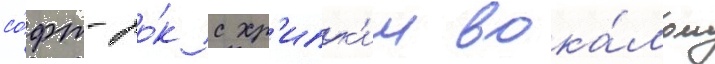
со́фт-ро́к с хр'ипк'им вока́лом